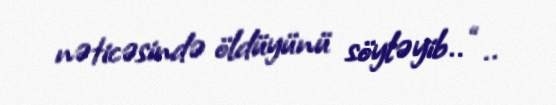
nəticəsində öldüyünü söyləyib.. “..